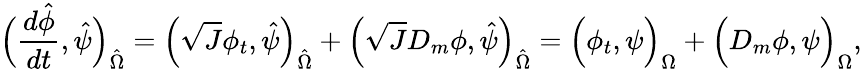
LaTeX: \Big(\frac{d\hat{\phi}}{dt},\hat{\psi}\Big)_{\hat{\Omega}}=\Big(\sqrt{J}\phi_{t},\hat{\psi}\Big)_{\hat{\Omega}}+\Big(\sqrt{J}D_{m}\phi,\hat{\psi}\Big)_{\hat{\Omega}}=\Big(\phi_{t},\psi\Big)_{\Omega}+\Big(D_{m}\phi,\psi\Big)_{\Omega},